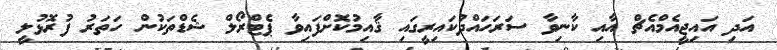
އަދި އައިޖީއެމްއެޗް އާއި ކާނިވާ ސަރަހައްދުކައިރީގައި ޤާއިމުކޮށްފައިވާ ޕެޓްރޯލް ޝެޑްތަކުން ހަތަރު ފުރޮޅުލީ